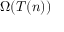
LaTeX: \Omega ( T ( n ) )